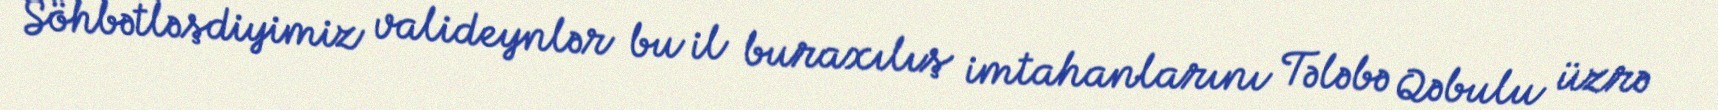
Söhbətləşdiyimiz valideynlər bu il buraxılış imtahanlarını Tələbə Qəbulu üzrə